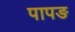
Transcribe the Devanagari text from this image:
पापङ